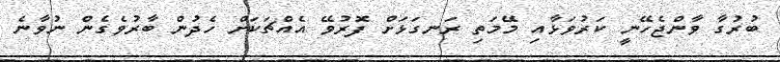
ބުރުގާ ވާންޖެހޭނީ ކަރުވަޅާއި މޭމަތި ރަނގަޅަށް ފޮރުވޭ އެއްޗަކަށް ހެދުން ބާރުވެގެން ނުވާނެ